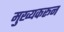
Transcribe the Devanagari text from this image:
मुख्यकरून